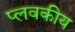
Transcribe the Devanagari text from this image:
प्लवकीय